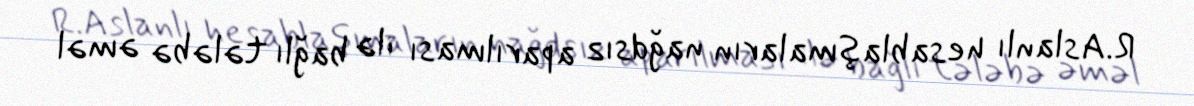
R.Aslanlı hesablaşmaların nağdsız aparılması ilə bağlı tələbə əməl